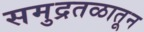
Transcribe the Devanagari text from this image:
समुद्रतळातून